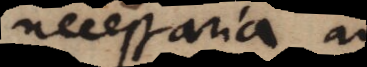
necessaria ad